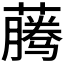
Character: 𰲂